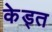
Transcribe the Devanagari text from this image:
केड्त